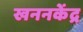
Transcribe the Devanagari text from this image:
खननकेंद्र